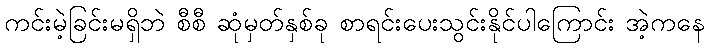
ကင်းမဲ့ခြင်းမရှိဘဲ စီစီ ဆုံမှတ်နှစ်ခု စာရင်းပေးသွင်းနိုင်ပါကြောင်း အဲ့ကနေ